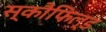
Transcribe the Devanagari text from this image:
स्कौफिल्ड